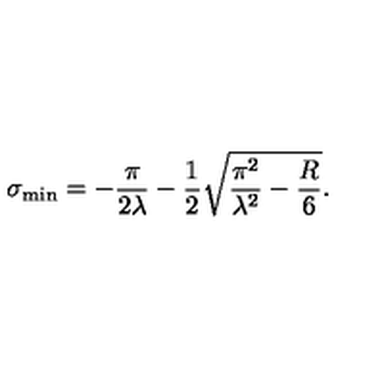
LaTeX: \sigma _ { \mathrm { m i n } } = - \frac { \pi } { 2 \lambda } - \frac { 1 } { 2 } \sqrt { \frac { \pi ^ { 2 } } { \lambda ^ { 2 } } - \frac { R } { 6 } } .